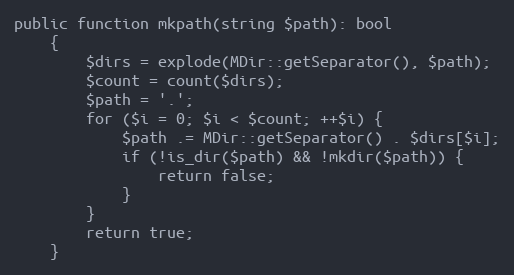
Language: PHP
public function mkpath(string $path): bool
    {
        $dirs = explode(MDir::getSeparator(), $path);
        $count = count($dirs);
        $path = '.';
        for ($i = 0; $i < $count; ++$i) {
            $path .= MDir::getSeparator() . $dirs[$i];
            if (!is_dir($path) && !mkdir($path)) {
                return false;
            }
        }
        return true;
    }